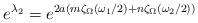
LaTeX: \begin{align*}e^{\lambda _2}=e^{2a(m\zeta _\Omega (\omega _1/2)+n\zeta _\Omega (\omega _2/2))}\end{align*}